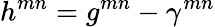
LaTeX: h^{mn}=g^{mn}-\gamma^{mn}